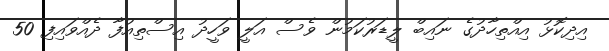
އިދިކޮޅު އިއްތިހާދުގެ ނައިބް ލީޑަރުކަމުން ވެސް އަލީ ވަހީދު އިސްތިއުފާ ދެއްވައިފި 50